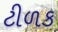
ટીળક